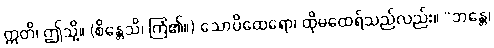
ဣတိ၊ ဤသို့။ (စိန္တေသိ၊ ကြံ၏။) သောပိထေရော၊ ထိုမထေရ်သည်လည်း။ “ဘန္တေ၊